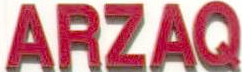
ARZAQ